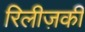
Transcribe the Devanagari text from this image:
रिलीज़की